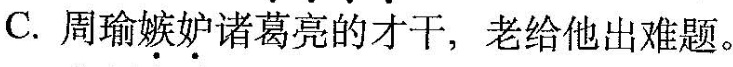
C.周瑜\underset{·}{嫉}\underset{·}{妒}诸葛亮的才干，老给他出难题。